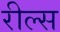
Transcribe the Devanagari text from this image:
रील्स